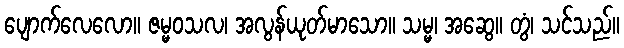
ပျောက်လေလော။ ဇမ္မဝသလ၊ အလွန်ယုတ်မာသော။ သမ္မ၊ အဆွေ။ တွံ၊ သင်သည်။